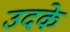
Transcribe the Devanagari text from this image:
उदके